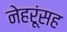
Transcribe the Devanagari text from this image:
नेहरूंसह